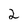
Character: 2